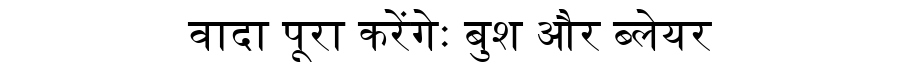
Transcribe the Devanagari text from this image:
वादा पूरा करेंगेः बुश और ब्लेयर